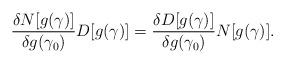
LaTeX: \begin{align*}\frac{\delta N[g(\gamma)]}{\delta g(\gamma_0)}D[g(\gamma)] = \frac{\delta D[g(\gamma)]}{\delta g(\gamma_0)}N[g(\gamma)].\end{align*}